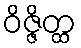
ဝိဇ္ဇိတ္ထ